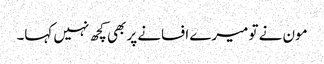
مون نے تو میرے افسانے پر بھی کچھ نہیں کہا۔